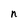
Character: n